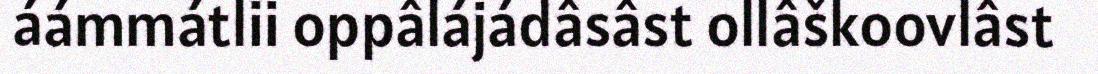
áámmátlii oppâlájádâsâst ollâškoovlâst